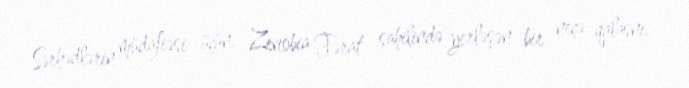
Sərhədlərin müdafiəsi üçün, Zenobia Fərat sahilində yerləşən bir neçə qalasnı,